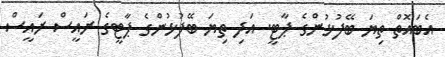
އެބައޮތް ތިޔަ ބޭފުޅުންގެ ޕާޓީ. އަދި ތިޔަ ބޭފުޅުންގެ ޕާޓީގެ ރައީސް ރައީސް